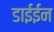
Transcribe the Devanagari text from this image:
डाईईन